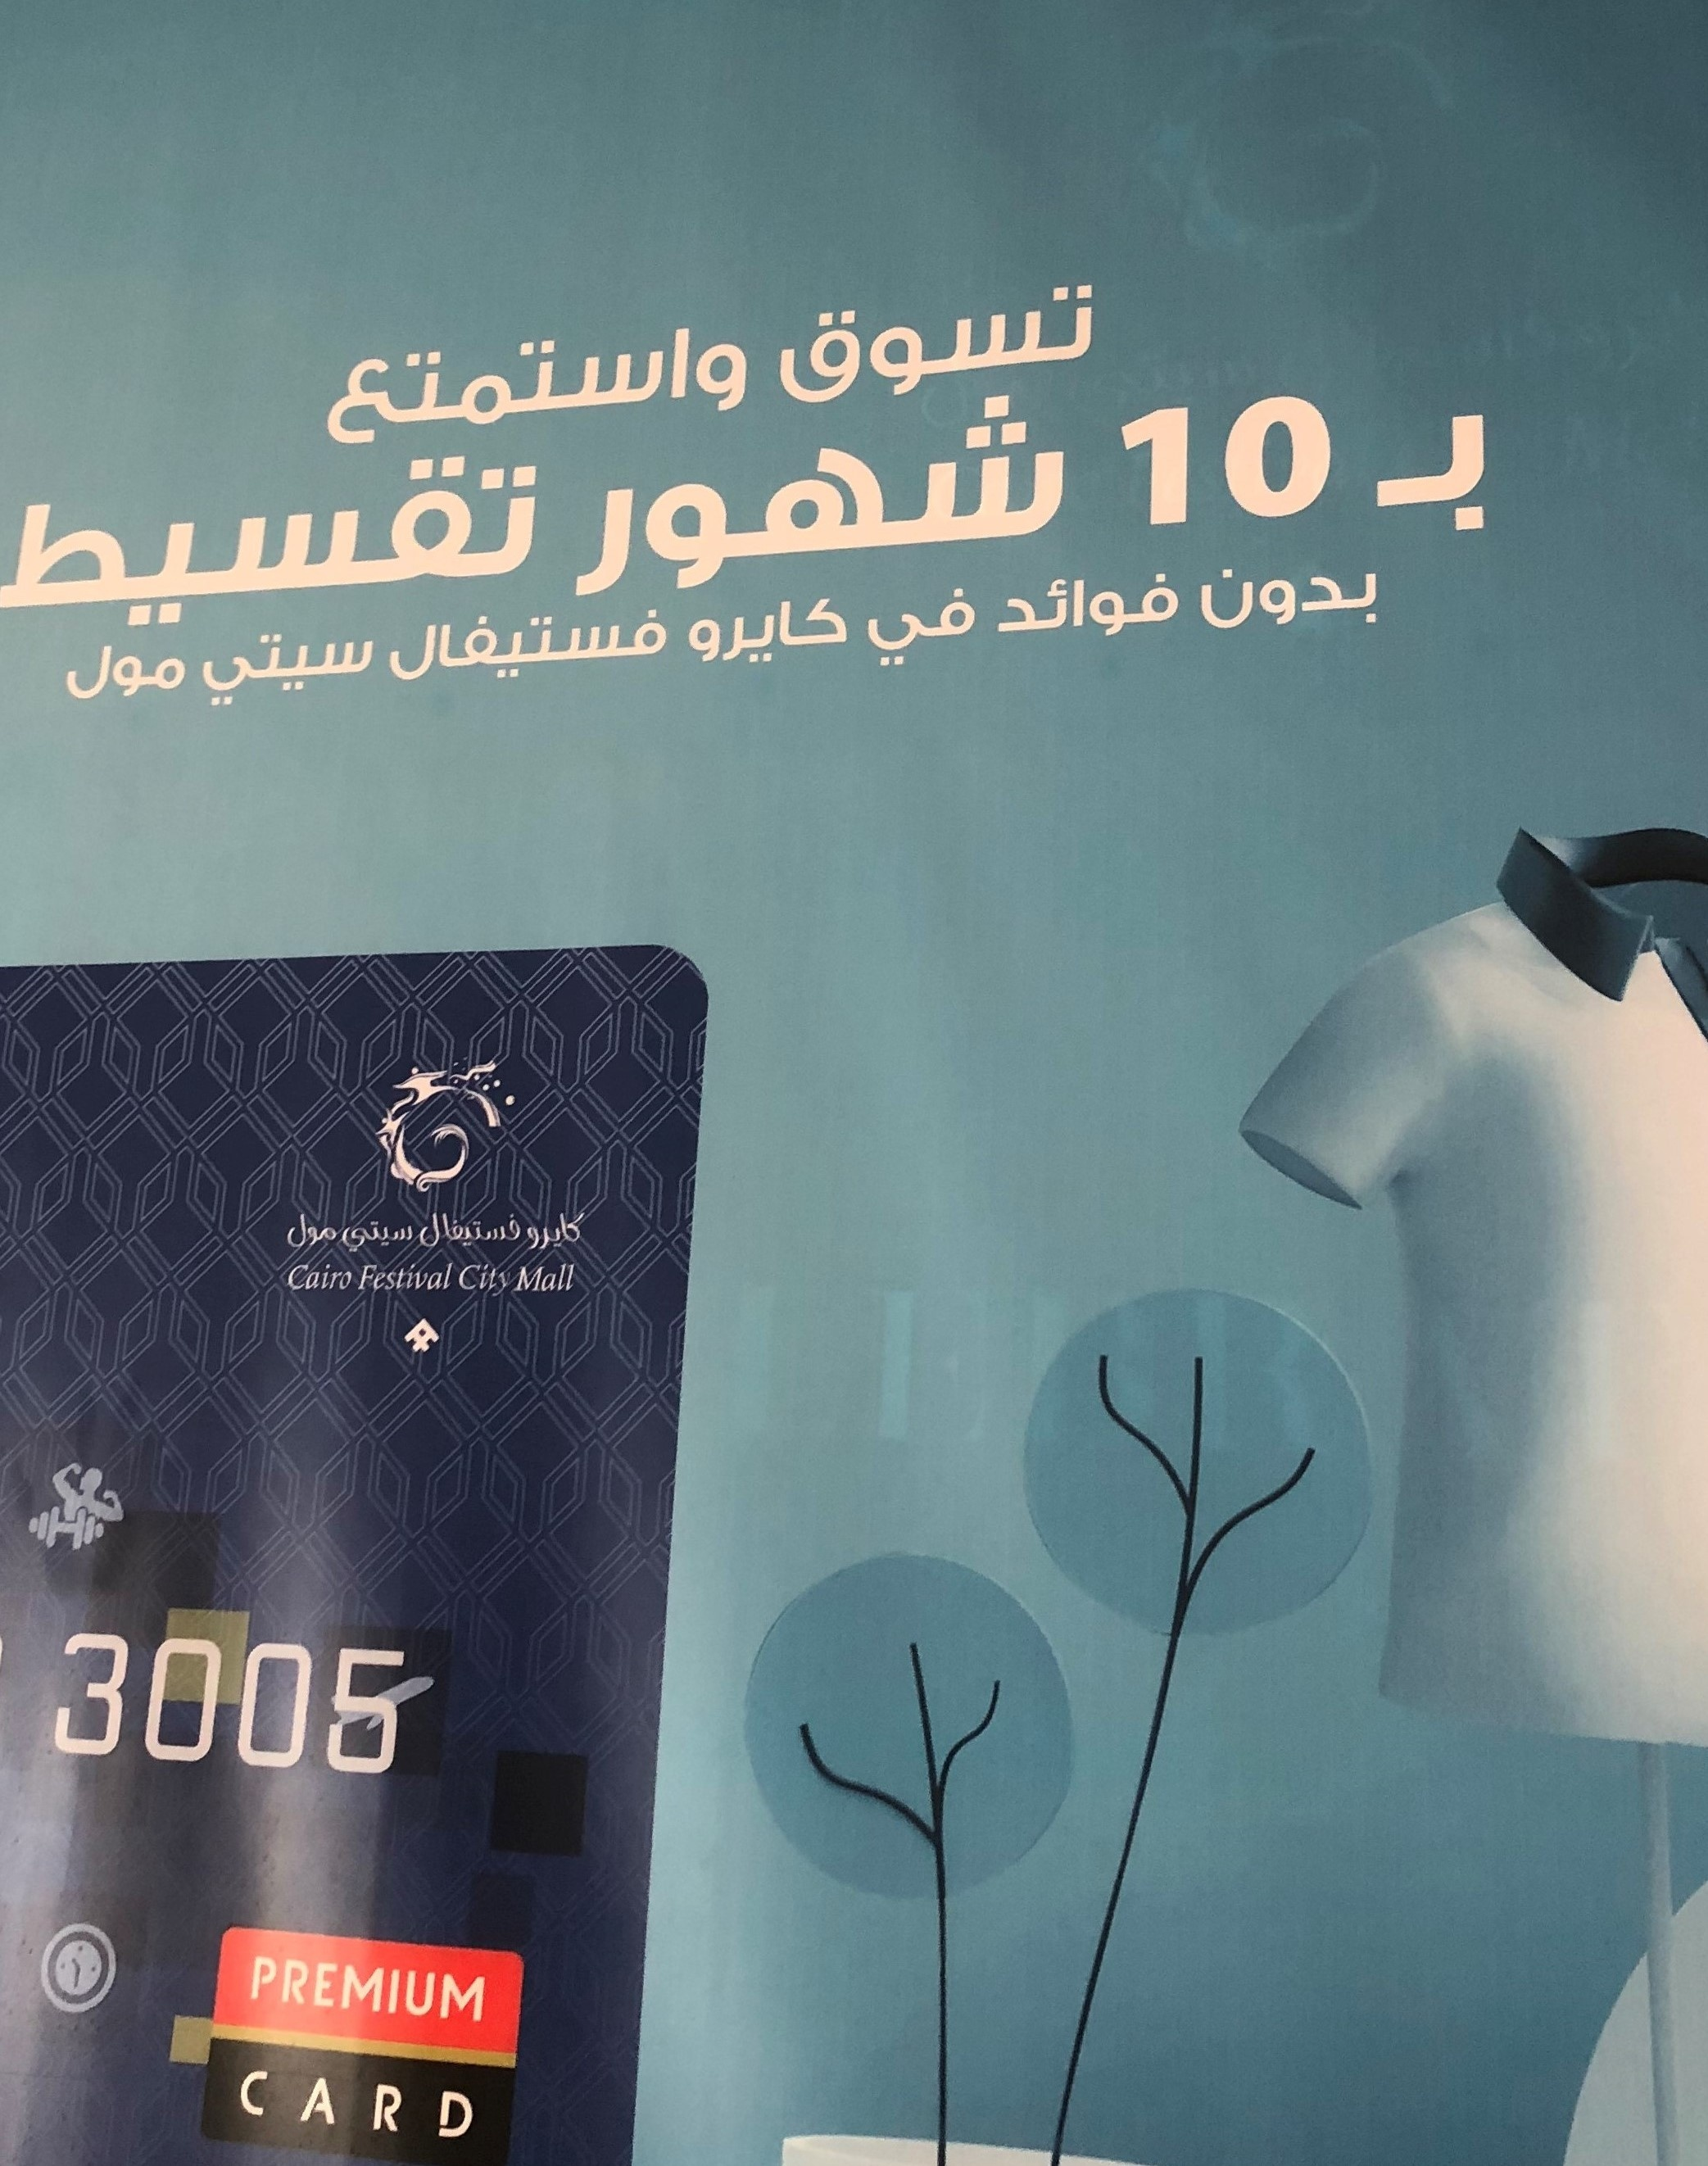
Text in image: تسوق واستمتع بـ شهور تقسيط بدون فوائد في كايرو فستيفال سيتي مول فستيفال مول كايرو سيتي 10 Cairo Festival Mall City 3005 PREMIUM CARD